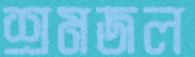
শ্রমজল